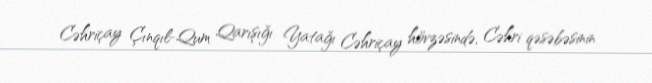
Cəhriçay Çınqıl-Qum Qarışığı Yatağı Cəhriçay hövzəsində, Cəhri qəsəbəsinin